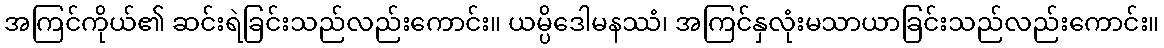
အကြင်ကိုယ်၏ ဆင်းရဲခြင်းသည်လည်းကောင်း။ ယမ္ပိဒေါမနဿံ၊ အကြင်နှလုံးမသာယာခြင်းသည်လည်းကောင်း။